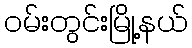
ဝမ်းတွင်းမြို့နယ်